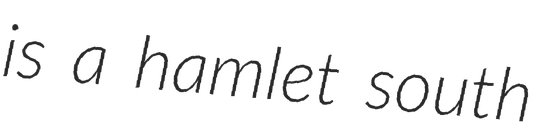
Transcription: is a hamlet south